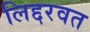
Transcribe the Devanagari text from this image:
लिद्दरवत